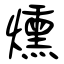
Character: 燻